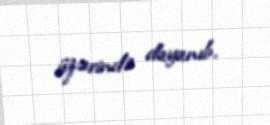
üzərində dayanıb.